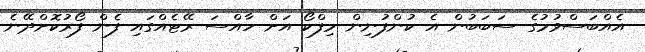
އެއްބަސްވުމުގެ ސަބަބުން އެ ކުންފުނިން މިފްކޯ އަށް ހާއްސަ ރޭޓެއްގައި ފެން ފޯރުކޮށްދޭނެ